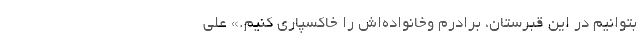
بتوانیم در این قبرستان، برادرم وخانواده‌اش را خاکسپاری کنیم.» علی